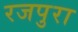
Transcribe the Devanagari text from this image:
रजपुरा